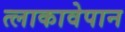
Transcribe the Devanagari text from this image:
त्लाकावेपान